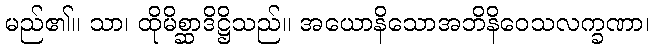
မည်၏။ သာ၊ ထိုမိစ္ဆာဒိဋ္ဌိသည်။ အယောနိသောအဘိနိဝေသလက္ခဏာ၊